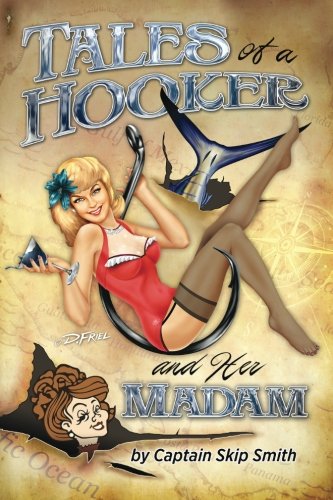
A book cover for Tales of a Hooker and Her Madam; Capt Skip Smith; Sports & Outdoors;